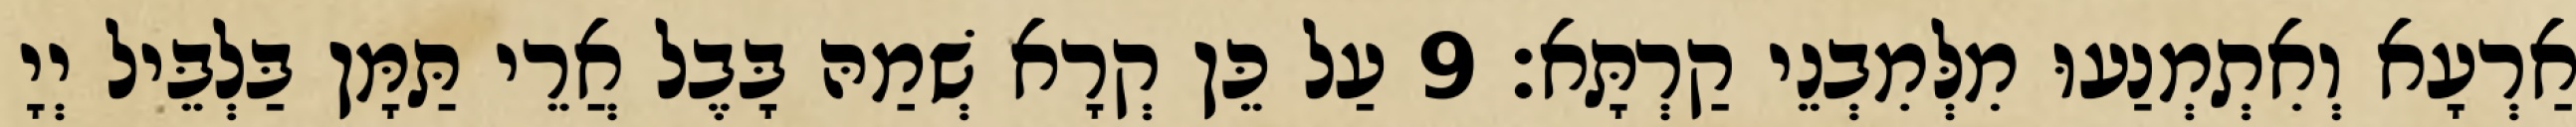
אַרְעָא וְאִתְמְנַעוּ מִלְּמִבְנֵי קַרְתָּא׃ 9 עַל כֵּן קְרָא שְׁמַהּ בָּבֶל אֲרֵי תַּמָּן בַּלְבֵּיל יְיָ